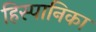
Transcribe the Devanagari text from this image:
हिस्पानिका